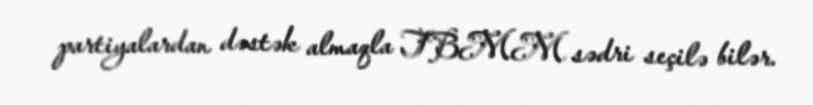
partiyalardan dəstək almaqla TBMM sədri seçilə bilər.